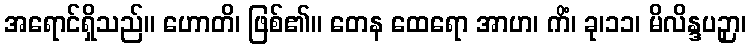
အရောင်ရှိသည်။ ဟောတိ၊ ဖြစ်၏။ တေန ထေရော အာဟ၊ ကိံ၊ ခု၊၁၁၊ မိလိန္ဒပဉှာ၊